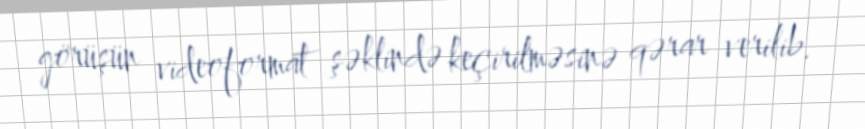
görüşün videoformat şəklində keçirilməsinə qərar verilib.